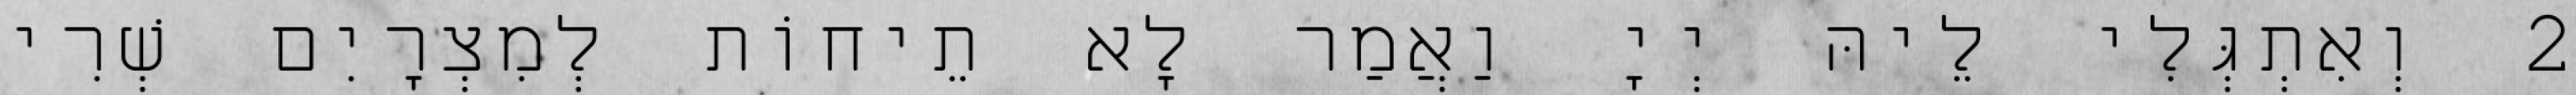
2 וְאִתְגְּלִי לֵיהּ יְיָ וַאֲמַר לָא תֵיחוֹת לְמִצְרָיִם שְׁרִי